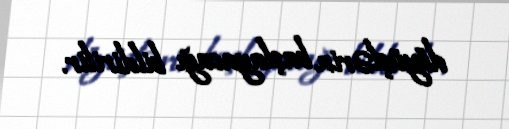
döyüşlərin başlayacağı bildirilir.